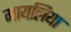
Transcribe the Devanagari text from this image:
मायलिया